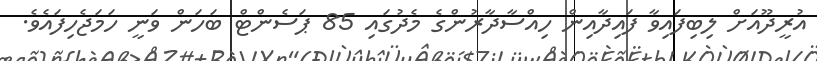
އުރީދޫއަށް ލިބިފައިވާ ފައިދާއިން ހިއްސާދާރުންގެ މެދުގައި 85 ޕަސެންޓް ބަހަން ވަނީ ހަމަޖެހިފައެވެ.